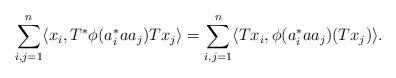
LaTeX: \begin{align*} \sum_{i,j=1}^n \langle x_i, T^\ast \phi(a_i^\ast a a_j) T x_j\rangle = \sum_{i,j=1}^n \langle Tx_i, \phi(a_i^\ast a a_j) (T x_j)\rangle.\end{align*}